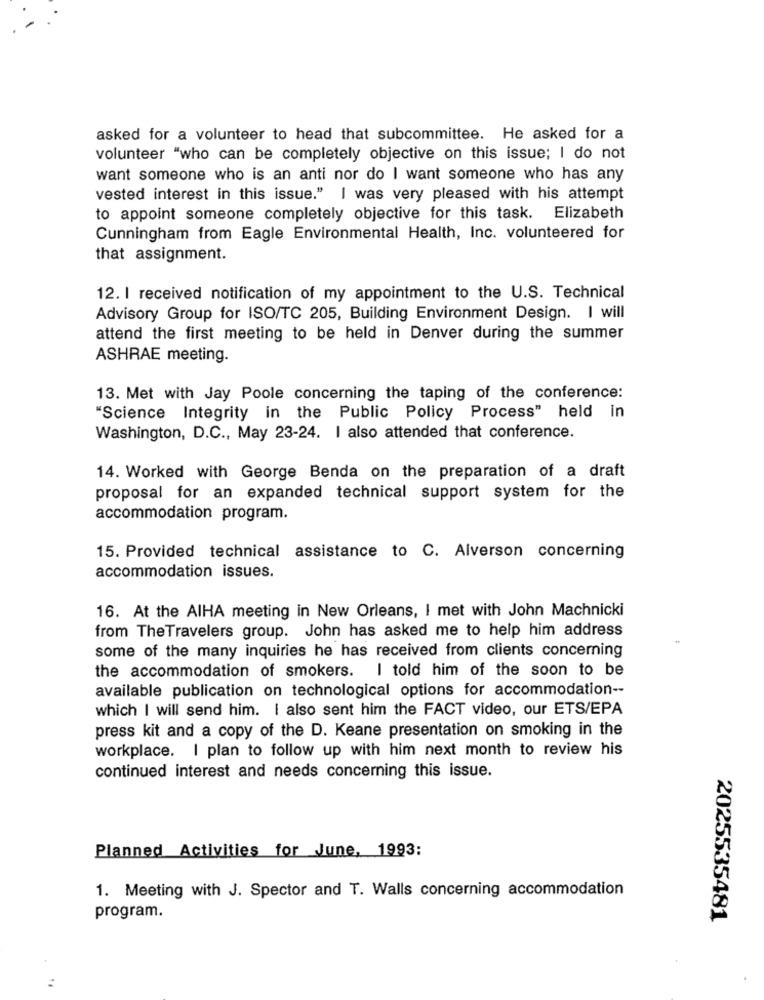
asked for a volunteer to head that subcommittee. He asked for a
volunteer "who can be completely objective on this issue; I do not
want someone who is an anti nor do I want someone who has any
vested interest in this issue." I was very pleased with his attempt
to appoint someone completely objective for this task. Elizabeth
Cunningham from Eagle Environmental Health, Inc. volunteered for
that assignment.
12. I received notification of my appointment to the U.S. Technical
Advisory Group for ISO/TC 205, Building Environment Design. I will
attend the first meeting to be held in Denver during the summer
ASHRAE meeting.
13. Met with Jay Poole concerning the taping of the conference:
"Science Integrity in the Public Policy Process" held in
Washington, D.C ., May 23-24. I also attended that conference.
14. Worked with George Benda on the preparation of a draft
proposal for an expanded technical support system for the
accommodation program.
15. Provided technical assistance to C. Alverson concerning
accommodation issues.
16. At the AIHA meeting in New Orleans, I met with John Machnicki
from TheTravelers group. John has asked me to help him address
some of the many inquiries he has received from clients concerning
the accommodation of smokers. I told him of the soon to be
available publication on technological options for accommodation --
which I will send him. I also sent him the FACT video, our ETS/EPA
press kit and a copy of the D. Keane presentation on smoking in the
workplace. I plan to follow up with him next month to review his
continued interest and needs concerning this issue.
Planned Activities for June, 1993:
1. Meeting with J. Spector and T. Walls concerning accommodation
program.
2025535481
: